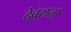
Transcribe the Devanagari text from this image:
देवराला